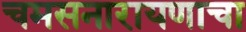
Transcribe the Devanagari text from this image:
चमसनारायणाचा